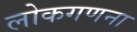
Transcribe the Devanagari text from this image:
लोकगणना